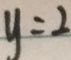
y = 2